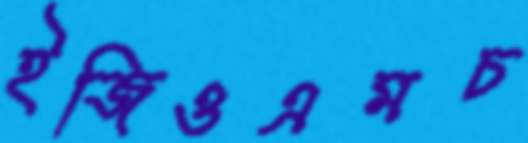
ইজিওএমচ